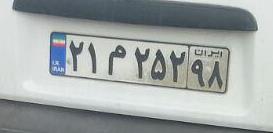
۲۱م۲۵۲۹۸